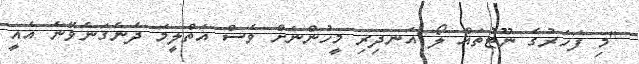
"މި ފަހަރުގެ ނޫޓުތައް ލޯ އަނދިރި މީހުންނަށް ވެސް އަތްލީމަ ދެނެގަނެވޭނެ އެއީ